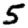
Digit: 5